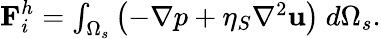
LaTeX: \begin{array}{r}{\textbf{F}_{i}^{h}=\int_{\Omega_{s}}\left(-\nabla p+\eta_{S}\nabla^{2}\textbf{u}\right)~d\Omega_{s}.}\end{array}